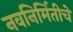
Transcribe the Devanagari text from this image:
नवनिर्मितीचे